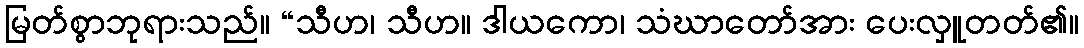
မြတ်စွာဘုရားသည်။ “သီဟ၊ သီဟ။ ဒါယကော၊ သံဃာတော်အား ပေးလှူတတ်၏။